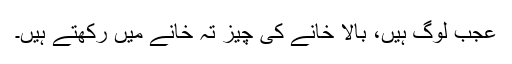
عجب لوگ ہیں، بالا خانے کی چیز تہ خانے میں رکھتے ہیں۔